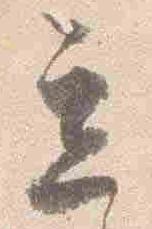
立